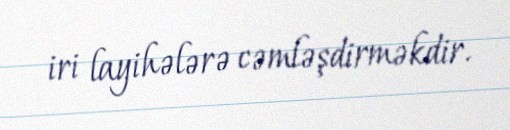
iri layihələrə cəmləşdirməkdir.